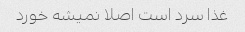
غذا سرد است اصلا نمیشه خورد